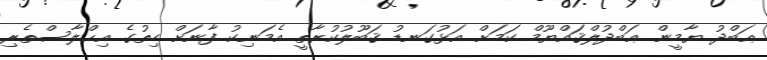
ޢަބްދު ޔާމީން ޢަބްދުލްޤައްޔޫމް ކަމަށް އަޅުގަނޑު ޤަބޫލުކުރާތީ އެމަނިކު ފާނަށް ހިތުގެ އިޙްލާސްތެރި